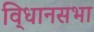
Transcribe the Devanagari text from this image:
वि्धानसभा